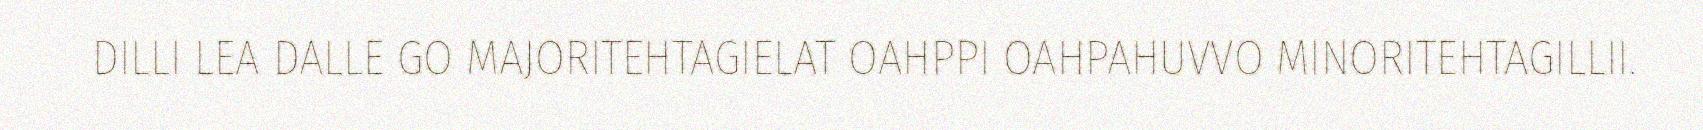
DILLI LEA DALLE GO MAJORITEHTAGIELAT OAHPPI OAHPAHUVVO MINORITEHTAGILLII.